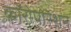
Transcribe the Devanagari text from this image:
कॉरोपोरेशन